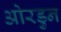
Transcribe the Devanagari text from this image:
ओरडुन